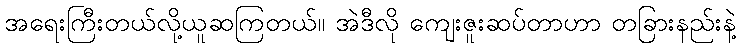
အရေးကြီးတယ်လို့ယူဆကြတယ်။ အဲဒီလို ကျေးဇူးဆပ်တာဟာ တခြားနည်းနဲ့